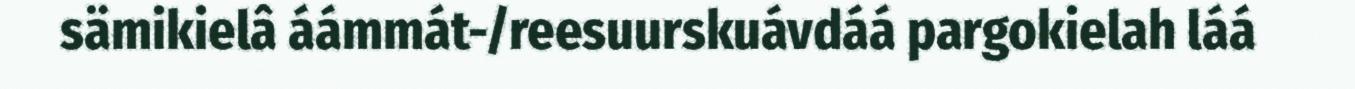
sämikielâ áámmát-/reesuurskuávdáá pargokielah láá